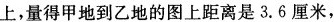
上，量得甲地到乙地的图上距离是3.6厘米，